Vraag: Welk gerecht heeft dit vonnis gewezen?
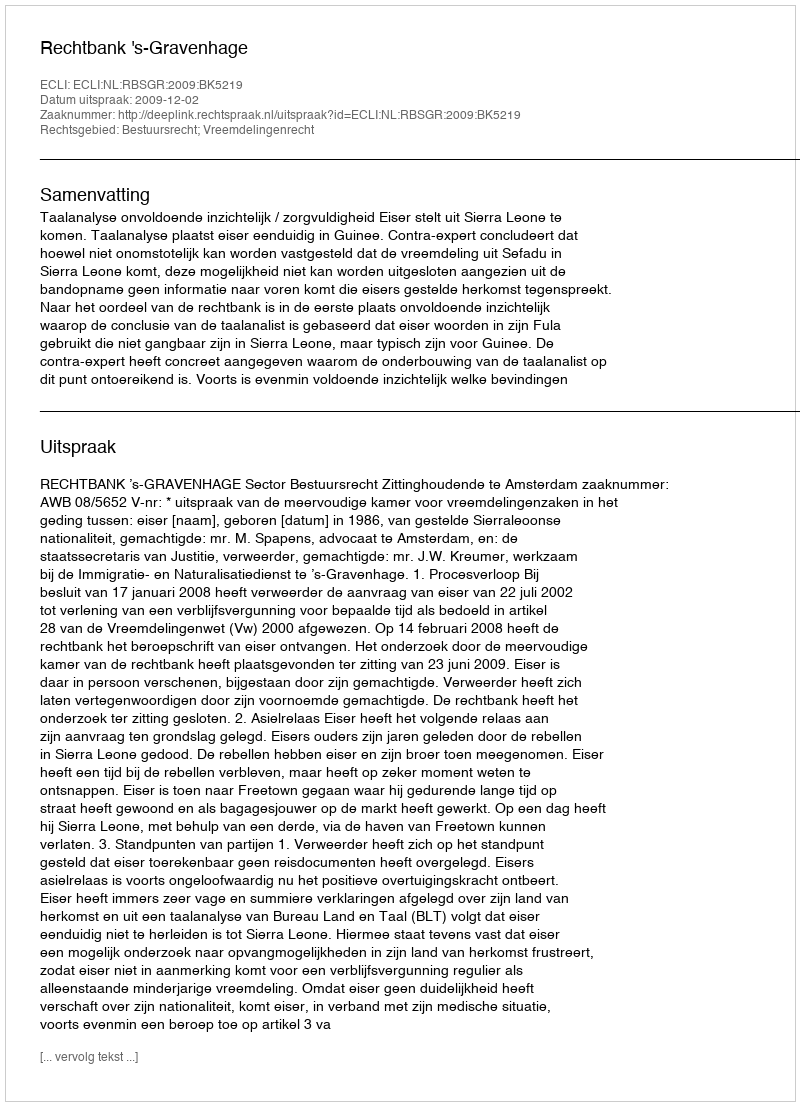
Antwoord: Rechtbank 's-Gravenhage